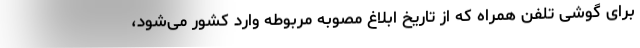
برای گوشی تلفن همراه که از تاریخ ابلاغ مصوبه مربوطه وارد کشور می‌شود،